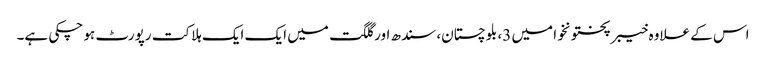
اس کے علاوہ خیبرپختونخوا میں 3، بلوچستان، سندھ اور گلگت میں ایک ایک ہلاکت رپورٹ ہو چکی ہے۔